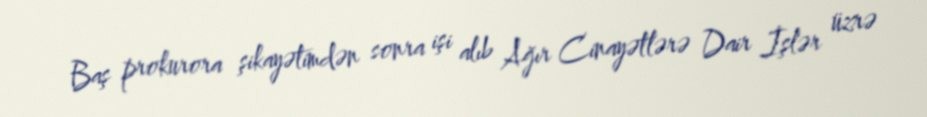
Baş prokurora şikayətimdən sonra işi alıb Ağır Cinayətlərə Dair İşlər üzrə